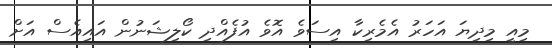
މިއީ މިދިޔަ އަހަރު އެމެރިކާ އިސަވެ އޮވެ އުފެއްދި ކޯލިޝަނުން އައިއެސް އަށް